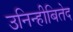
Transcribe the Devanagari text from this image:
उनिन्हीबितेद